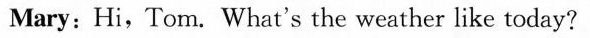
Mary: Hi,Tom. What's the weather like today?